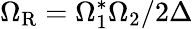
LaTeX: \Omega_{\mathrm{R}}=\Omega_{1}^{*}\Omega_{2}/2\Delta